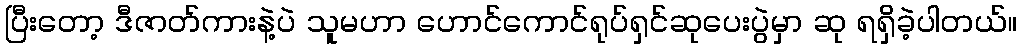
ပြီးတော့ ဒီဇာတ်ကားနဲ့ပဲ သူမဟာ ဟောင်ကောင်ရုပ်ရှင်ဆုပေးပွဲမှာ ဆု ရရှိခဲ့ပါတယ်။